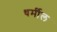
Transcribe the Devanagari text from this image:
धर्मील